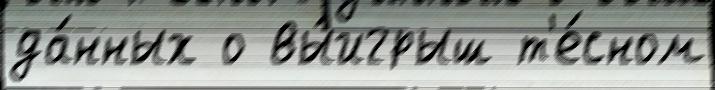
да́нных о вы́игрыш т'е́сном